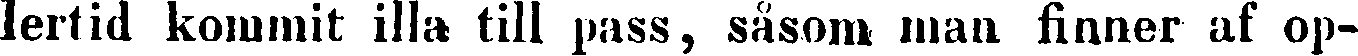
lertid kommit illa till pass, såsom man finner af op-